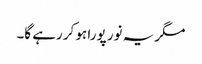
مگر یہ نور پورا ہو کر رہے گا۔